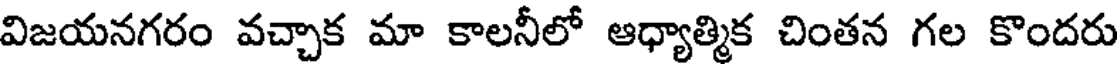
విజయనగరం వచ్చాక మా కాలనీలో ఆధ్యాత్మిక చింతన గల కొందరు